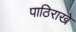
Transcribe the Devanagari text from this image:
पाठिराखे